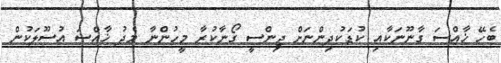
ބެހޭ ޚާއްސަ ގާނޫނަކާއި ކުޑަކުދިންނަށް ޖިންސީ ގޯނާކުރާ މީހުންނާ މެދު ޚާއްސަ އުސޫލަކުން